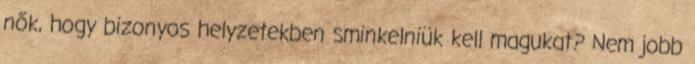
nők, hogy bizonyos helyzetekben sminkelniük kell magukat? Nem jobb